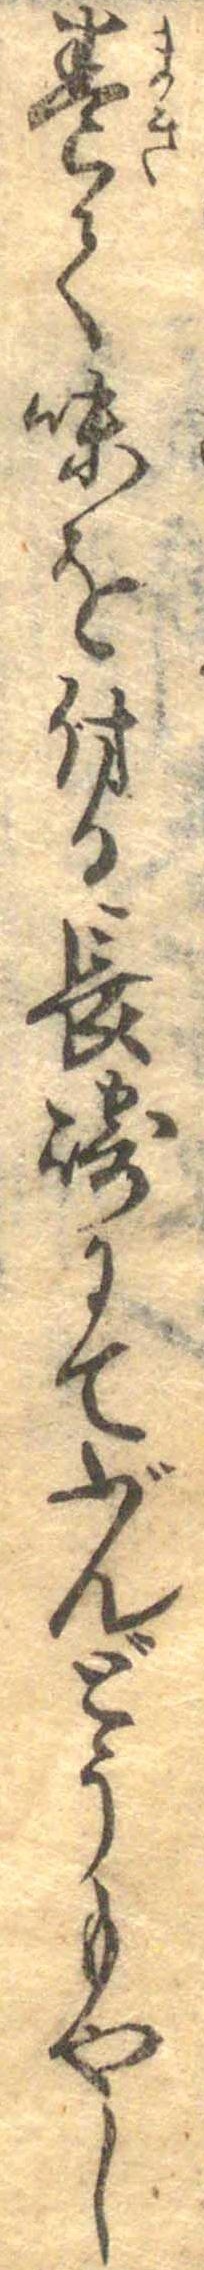
巻て味を付る長崎にてぶんどうもやし